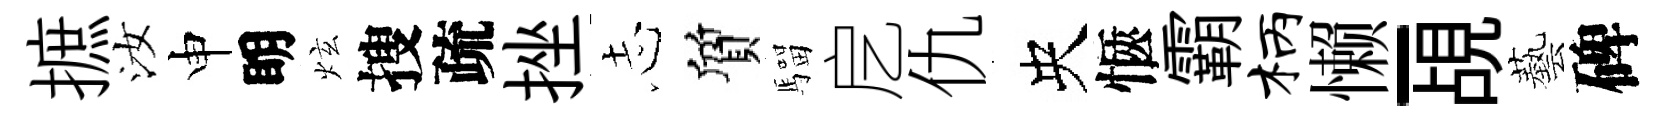
摭汝申眀炫搜疏挫𢖽質騮戹仇央愜霸柄懒-覘藝碑